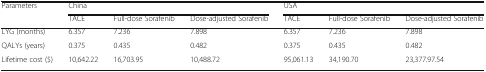
<table><thead><tr><td rowspan="2"><b>Parameters</b></td><td colspan="3"><b>China</b></td><td colspan="3"><b>USA</b></td></tr><tr><td><b>TACE</b></td><td><b>Full-dose Sorafenib</b></td><td><b>Dose-adjusted Sorafenib</b></td><td><b>TACE</b></td><td><b>Full-dose Sorafenib</b></td><td><b>Dose-adjusted Sorafenib</b></td></tr></thead><tbody><tr><td>LYG (months)</td><td>6.357</td><td>7.236</td><td>7.898</td><td>6.357</td><td>7.236</td><td>7.898</td></tr><tr><td>QALYs (years)</td><td>0.375</td><td>0.435</td><td>0.482</td><td>0.375</td><td>0.435</td><td>0.482</td></tr><tr><td>Lifetime cost ($)</td><td>10,642.22</td><td>16,703.95</td><td>10,488.72</td><td>95,061.13</td><td>34,190.70</td><td>23,377.97.54</td></tr></tbody></table>